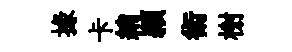
掾卡綃頴術榭